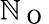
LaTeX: \mathbb{N}_{\mathrm{{~O~}}}